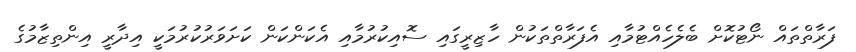
ފަރާތްތައް ނޯޓުކޮށް ބެލެހެއްޓުމާއި އެފަރާތްތަކުން ހާޒިރީގައި ސޮއިކުރުމާއި އެކަންކަން ކަށަވަރުކުރުމަކީ އިދާރީ އިންތިޒާމުގެ